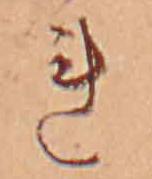
れ